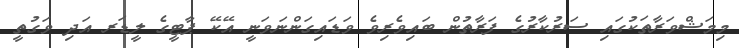
މިމަޝްވަރާތަކުގައި ސަރުކާރުގެ ފަރާތުން ބައިވެރިވެ ވަޑައިގަންނަވަނީ އޭކޭ ޕާޓީގެ ލީޑަރ އަދި ވަގުތީ